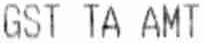
GST TA AMT